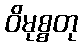
ဝိမုစ္စတု